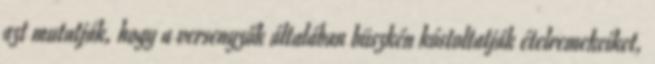
azt mutatják, hogy a versenyzők általában büszkén kóstoltatják ételremekeiket,